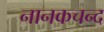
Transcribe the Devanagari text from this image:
नानकचन्द